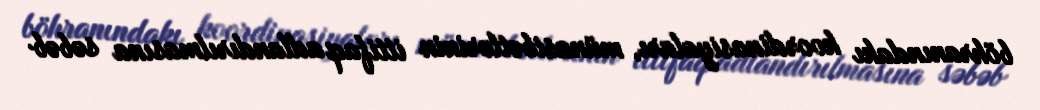
böhranındakı koordinasiyaları, münasibətlərinin ittifaq adlandırılmasına səbəb